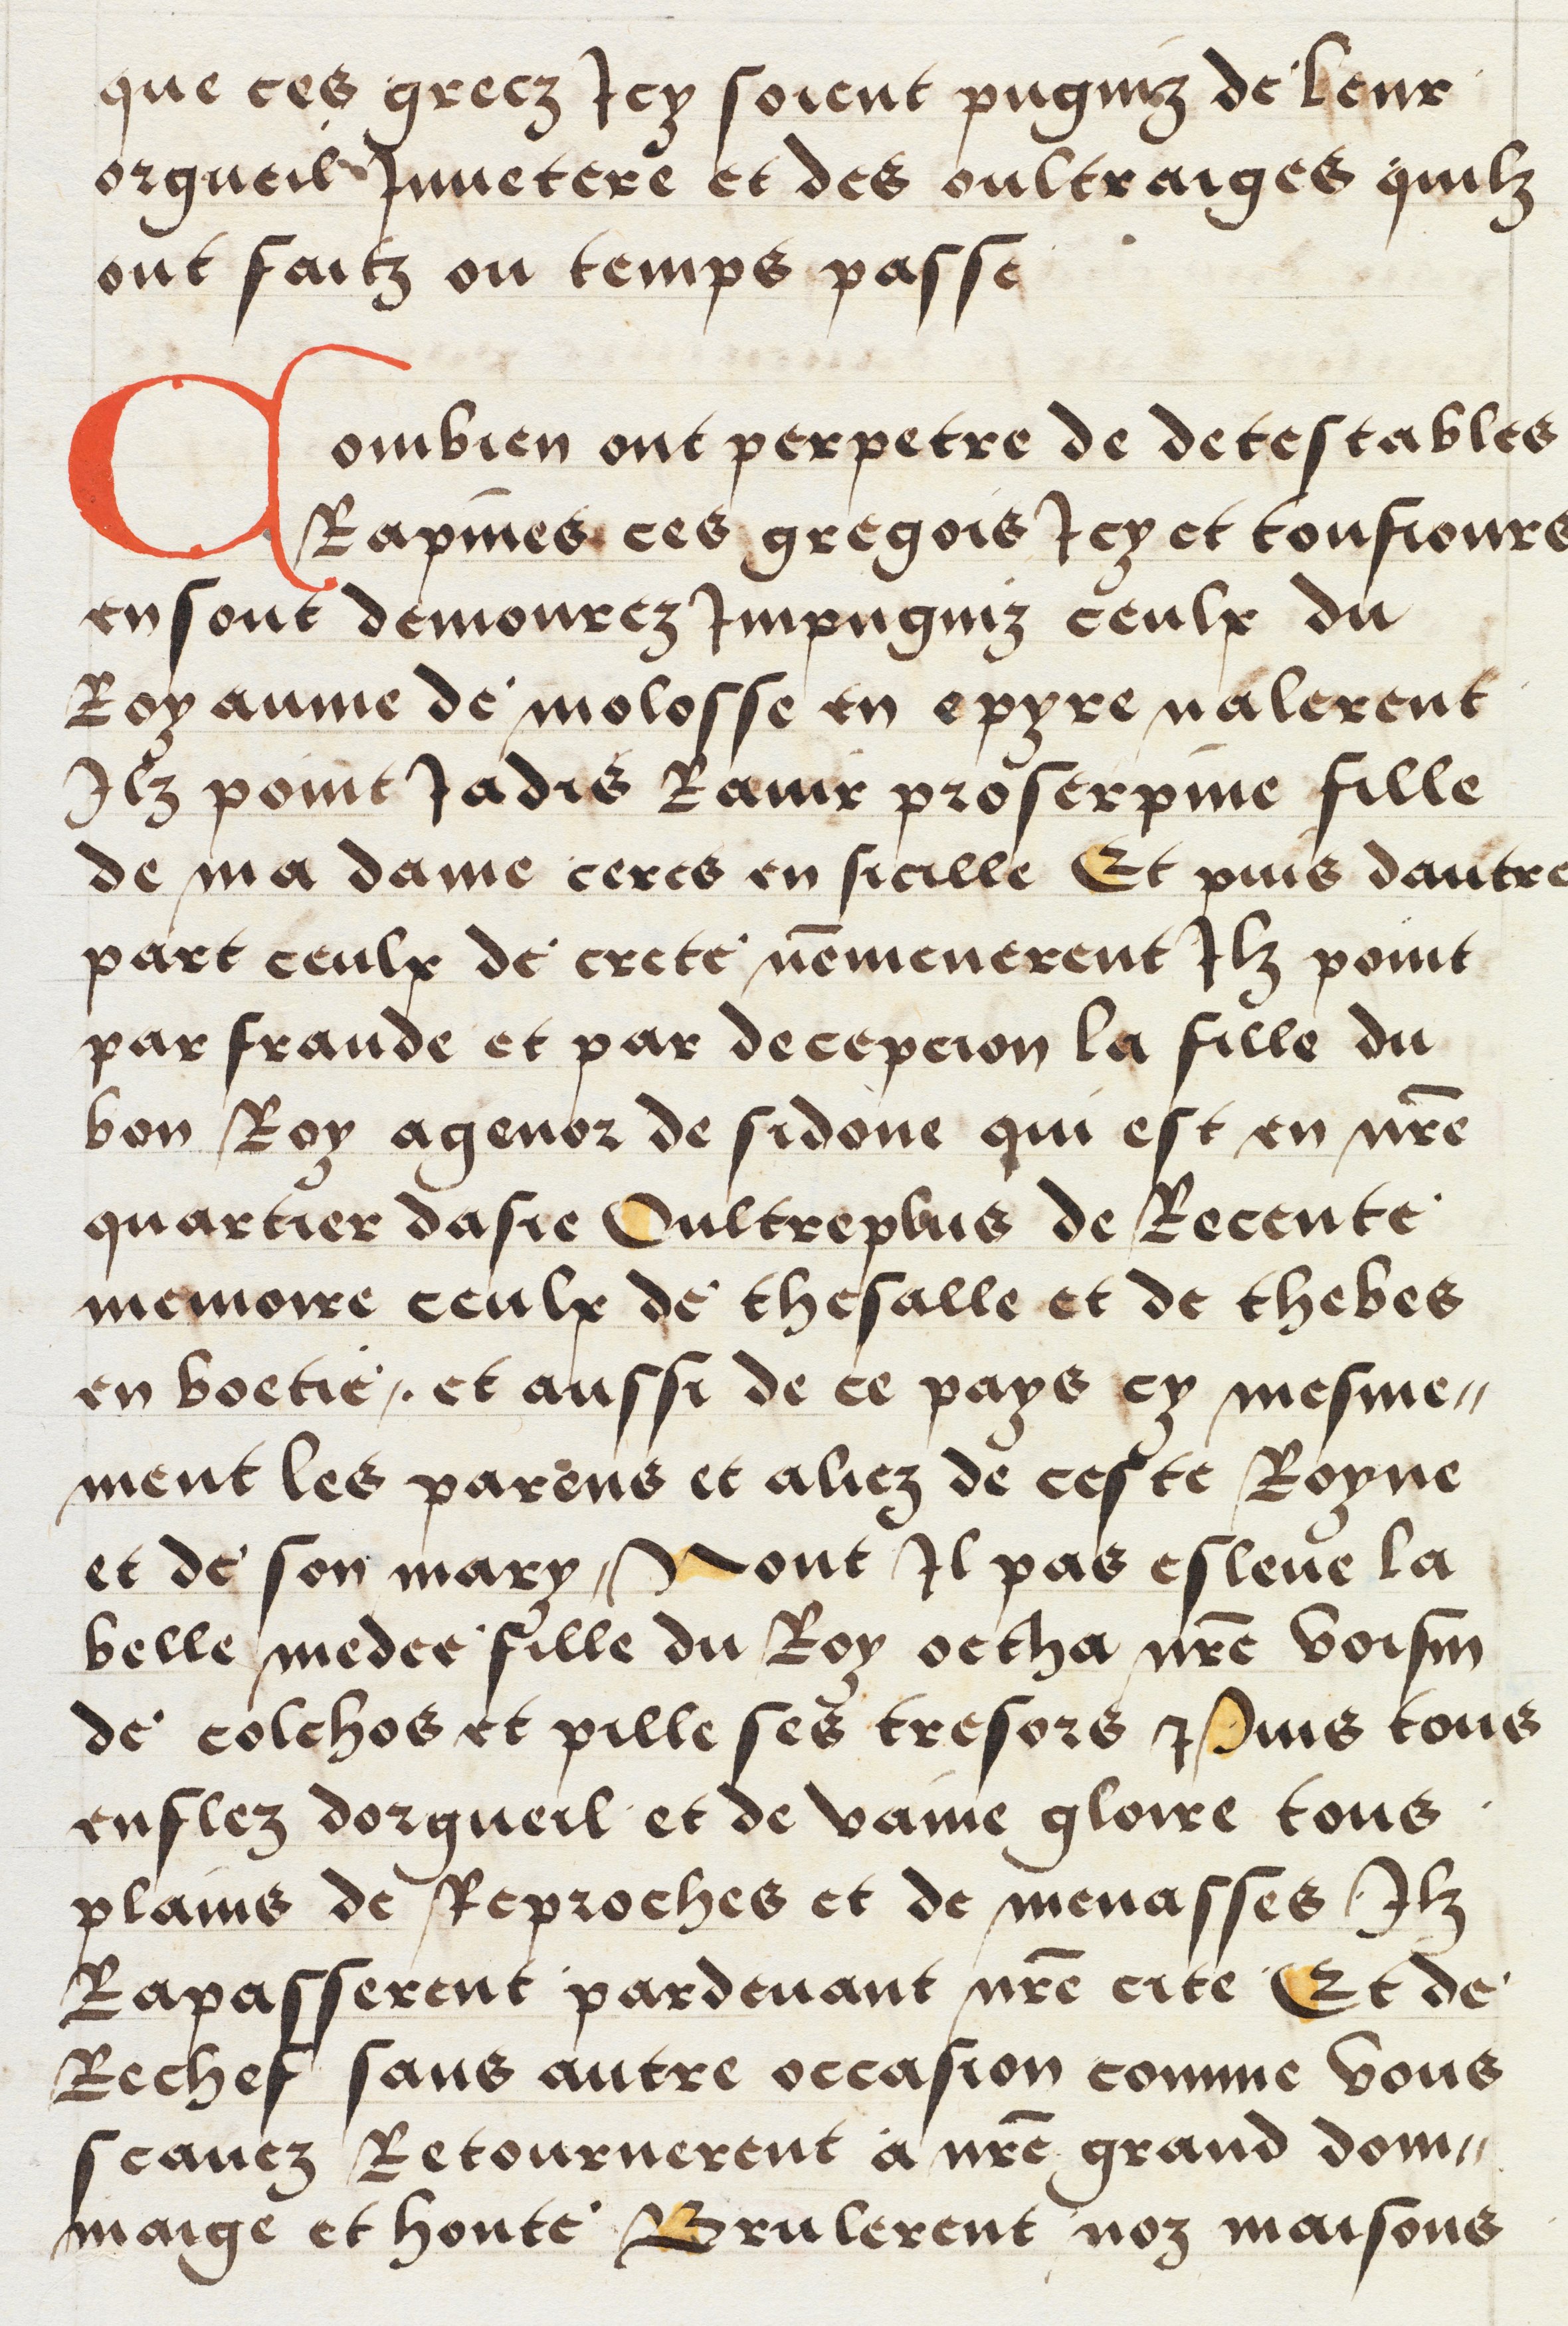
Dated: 1512–1524